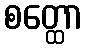
စတ္ထော